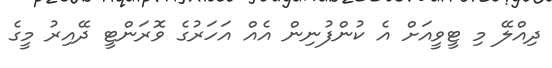
ދިއްލޭ މި ޓީވީއަށް އެ ކުންފުނިން އެއް އަހަރުގެ ވޮރަންޓީ ދޭއިރު މީގެ